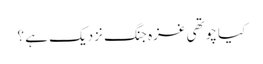
کیا چوتھی غزہ جنگ نزدیک ہے ؟